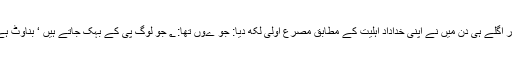
اور اگلے ہی دن میں نے اپنی خداداد اہلیت کے مطابق مصرع اُولیٰ لکھ دیا: جو ےُوں تھا: ؂ جو لوگ پی کے بہک جاتے ہیں ‘ بناوٹ ہے۔